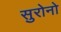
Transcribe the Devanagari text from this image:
सुरोनो